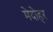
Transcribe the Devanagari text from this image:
मेदोहर